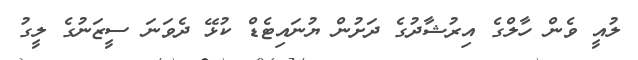
ލުއީ ވެން ހާލްގެ އިރުޝާދުގެ ދަށުން ޔުނައިޓެޑް ކުޅޭ ދެވަނަ ސީޒަނުގެ ލީގު